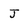
Character: J